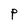
Character: P